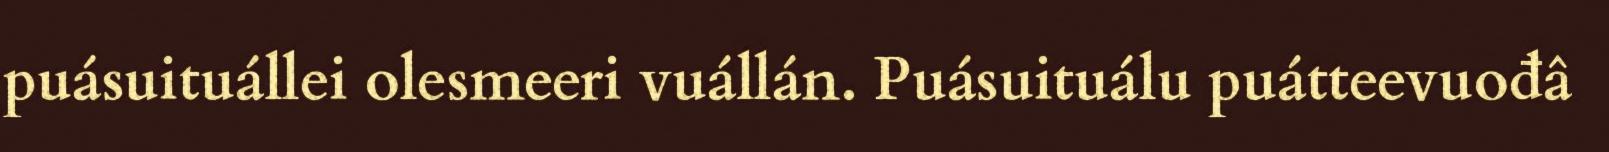
puásuituállei olesmeeri vuállán. Puásuituálu puátteevuođâ